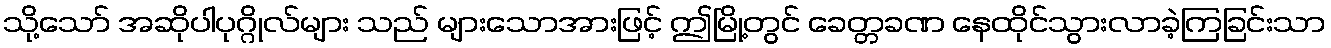
သို့သော် အဆိုပါပုဂ္ဂိုလ်များ သည် များသောအားဖြင့် ဤမြို့တွင် ခေတ္တခဏ နေထိုင်သွားလာခဲ့ကြခြင်းသာ